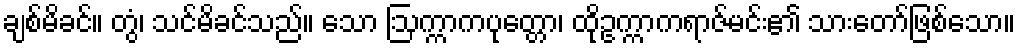
ချစ်မိခင်။ တွံ၊ သင်မိခင်သည်။ သော ဩက္ကာကပုတ္တော၊ ထိုဥက္ကာကရာဇ်မင်း၏ သားတော်ဖြစ်သော။